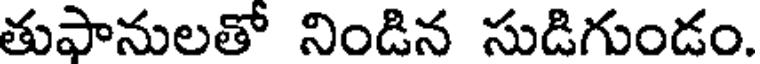
తుఫానులతో నిండిన సుడిగుండం.